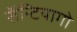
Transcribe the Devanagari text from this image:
सॅन्टियागो